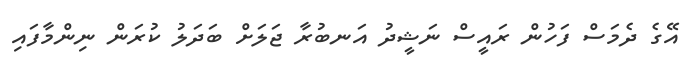
އޭގެ ދެމަސް ފަހުން ރައީސް ނަޝީދު އަނބުރާ ޖަލަށް ބަދަލު ކުރަން ނިންމާފައި